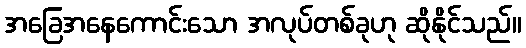
အခြေအနေကောင်းသော အလုပ်တစ်ခုဟု ဆိုနိုင်သည်။